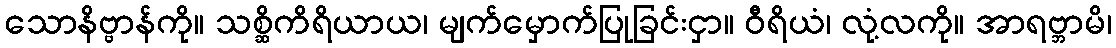
သောနိဗ္ဗာန်ကို။ သစ္ဆိကိရိယာယ၊ မျက်မှောက်ပြုခြင်းငှာ။ ဝီရိယံ၊ လုံ့လကို။ အာရဗ္ဘာမိ၊